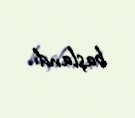
başlandı.